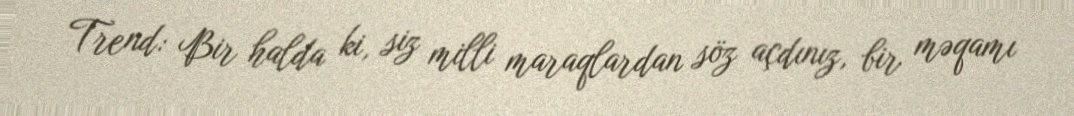
Trend: Bir halda ki, siz milli maraqlardan söz açdınız, bir məqamı